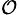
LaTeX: _\mathcal{O}